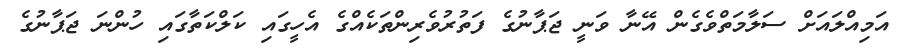
އަމިއްލައަށް ސަލާމަތްވެގެން އޭނާ ވަނީ ޖަޕާނުގެ ފަތުރުވެރިންތަކެއްގެ އެހީގައި ކަލްކަތާގައި ހުންނަ ޖަޕާނުގެ